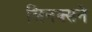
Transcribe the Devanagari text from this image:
लिनक्सने